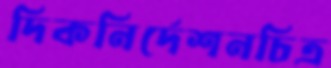
দিকনির্দেশনচিত্র